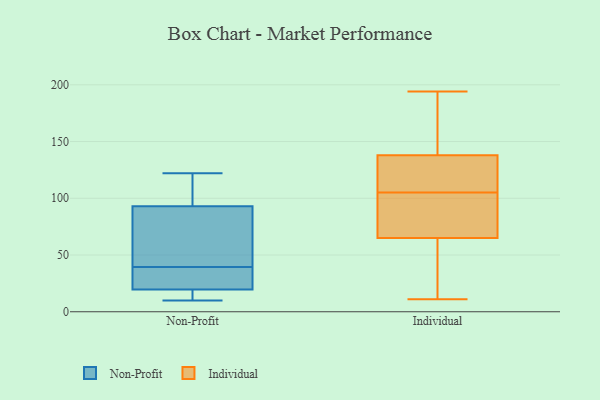
{"axis": {"x": "Humidity (%)", "y": "Value"}, "legend": ["Individual", "Non-Profit"], "data": [{"x": "", "y": 53, "type": "Non-Profit"}, {"x": "", "y": 98, "type": "Non-Profit"}, {"x": "", "y": 14, "type": "Non-Profit"}, {"x": "", "y": 122, "type": "Non-Profit"}, {"x": "", "y": 38, "type": "Non-Profit"}, {"x": "", "y": 14, "type": "Non-Profit"}, {"x": "", "y": 25, "type": "Non-Profit"}, {"x": "", "y": 10, "type": "Non-Profit"}, {"x": "", "y": 41, "type": "Non-Profit"}, {"x": "", "y": 115, "type": "Non-Profit"}, {"x": "", "y": 88, "type": "Non-Profit"}, {"x": "", "y": 34, "type": "Non-Profit"}, {"x": "", "y": 138, "type": "Individual"}, {"x": "", "y": 14, "type": "Individual"}, {"x": "", "y": 12, "type": "Individual"}, {"x": "", "y": 135, "type": "Individual"}, {"x": "", "y": 173, "type": "Individual"}, {"x": "", "y": 177, "type": "Individual"}, {"x": "", "y": 106, "type": "Individual"}, {"x": "", "y": 91, "type": "Individual"}, {"x": "", "y": 21, "type": "Individual"}, {"x": "", "y": 65, "type": "Individual"}, {"x": "", "y": 117, "type": "Individual"}, {"x": "", "y": 87, "type": "Individual"}, {"x": "", "y": 131, "type": "Individual"}, {"x": "", "y": 104, "type": "Individual"}, {"x": "", "y": 148, "type": "Individual"}, {"x": "", "y": 11, "type": "Individual"}, {"x": "", "y": 79, "type": "Individual"}, {"x": "", "y": 194, "type": "Individual"}]}